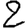
Digit: 2